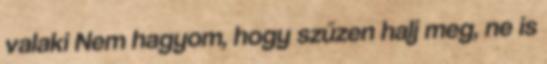
valaki Nem hagyom, hogy szűzen halj meg, ne is